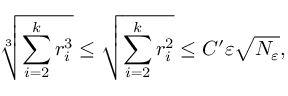
\sqrt [ 3 ] { \sum _ { i = 2 } ^ { k } r _ { i } ^ { 3 } } \leq \sqrt { \sum _ { i = 2 } ^ { k } r _ { i } ^ { 2 } } \leq C ^ { \prime } \varepsilon \sqrt { N _ { \varepsilon } } ,